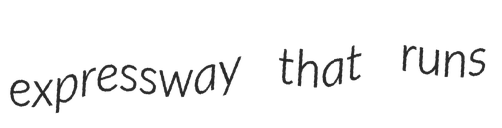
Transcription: expressway that runs